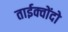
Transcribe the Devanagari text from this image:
ताईक्वोंदो